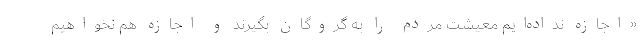
«اجازه نداده‌ایم معیشت مردم را به گروگان بگیرند و اجازه هم نخواهیم